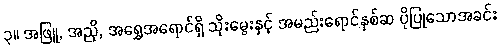
၃။ အဖြူ, အညို, အရွှေအရောင်ရှိ သိုးမွေးနှင့် အမည်းရောင်နှစ်ဆ ပိုပြုသောအခင်း